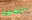
القمه